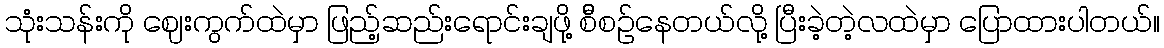
သုံးသန်းကို ဈေးကွက်ထဲမှာ ဖြည့်ဆည်းရောင်းချဖို့ စ်ီစဉ်နေတယ်လို့ ပြီးခဲ့တဲ့လထဲမှာ ပြောထားပါတယ်။